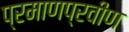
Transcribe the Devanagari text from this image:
प्रमाणप्रवीण